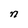
Character: n